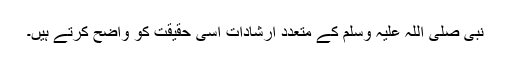
نبی صلی اللہ علیہ وسلم کے متعدد ارشادات اسی حقیقت کو واضح کرتے ہیں۔